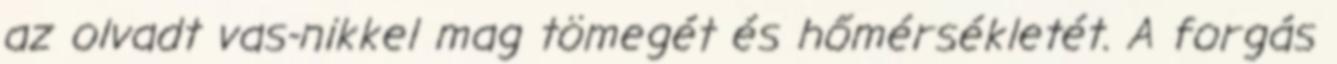
az olvadt vas-nikkel mag tömegét és hőmérsékletét. A forgás